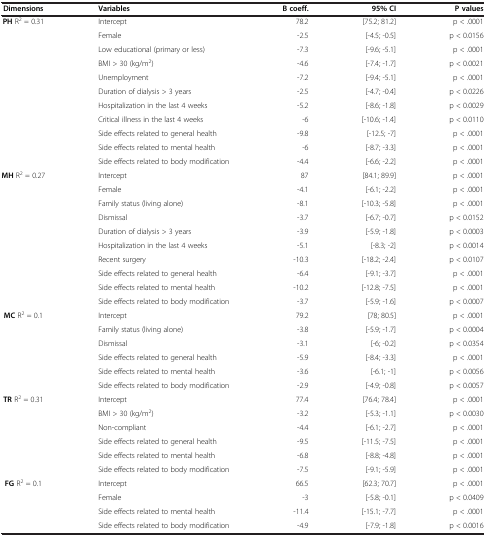
<table><thead><tr><td><b>Dimensions</b></td><td><b>Variables</b></td><td><b>B coeff.</b></td><td><b>95% CI</b></td><td><b>P values</b></td></tr></thead><tbody><tr><td><b>PH</b> R<sup>2</sup> = 0.31</td><td>Intercept</td><td>78.2</td><td>[75.2; 81.2]</td><td>p &lt; .0001</td></tr><tr><td> </td><td>Female</td><td>-2.5</td><td>[-4.5; -0.5]</td><td>p &lt; 0.0156</td></tr><tr><td> </td><td>Low educational (primary or less)</td><td>-7.3</td><td>[-9.6; -5.1]</td><td>p &lt; .0001</td></tr><tr><td> </td><td>BMI &gt; 30 (kg/m<sup>2</sup>)</td><td>-4.6</td><td>[-7.4; -1.7]</td><td>p &lt; 0.0021</td></tr><tr><td> </td><td>Unemployment</td><td>-7.2</td><td>[-9.4; -5.1]</td><td>p &lt; .0001</td></tr><tr><td> </td><td>Duration of dialysis &gt; 3 years</td><td>-2.5</td><td>[-4.7; -0.4]</td><td>p &lt; 0.0226</td></tr><tr><td> </td><td>Hospitalization in the last 4 weeks</td><td>-5.2</td><td>[-8.6; -1.8]</td><td>p &lt; 0.0029</td></tr><tr><td> </td><td>Critical illness in the last 4 weeks</td><td>-6</td><td>[-10.6; -1.4]</td><td>p &lt; 0.0110</td></tr><tr><td> </td><td>Side effects related to general health</td><td>-9.8</td><td>[-12.5; -7]</td><td>p &lt; .0001</td></tr><tr><td> </td><td>Side effects related to mental health</td><td>-6</td><td>[-8.7; -3.3]</td><td>p &lt; .0001</td></tr><tr><td> </td><td>Side effects related to body modification</td><td>-4.4</td><td>[-6.6; -2.2]</td><td>p &lt; .0001</td></tr><tr><td><b>MH</b> R<sup>2</sup> = 0.27</td><td>Intercept</td><td>87</td><td>[84.1; 89.9]</td><td>p &lt; .0001</td></tr><tr><td> </td><td>Female</td><td>-4.1</td><td>[-6.1; -2.2]</td><td>p &lt; .0001</td></tr><tr><td> </td><td>Family status (living alone)</td><td>-8.1</td><td>[-10.3; -5.8]</td><td>p &lt; .0001</td></tr><tr><td> </td><td>Dismissal</td><td>-3.7</td><td>[-6.7; -0.7]</td><td>p &lt; 0.0152</td></tr><tr><td> </td><td>Duration of dialysis &gt; 3 years</td><td>-3.9</td><td>[-5.9; -1.8]</td><td>p &lt; 0.0003</td></tr><tr><td> </td><td>Hospitalization in the last 4 weeks</td><td>-5.1</td><td>[-8.3; -2]</td><td>p &lt; 0.0014</td></tr><tr><td> </td><td>Recent surgery</td><td>-10.3</td><td>[-18.2; -2.4]</td><td>p &lt; 0.0107</td></tr><tr><td> </td><td>Side effects related to general health</td><td>-6.4</td><td>[-9.1; -3.7]</td><td>p &lt; .0001</td></tr><tr><td> </td><td>Side effects related to mental health</td><td>-10.2</td><td>[-12.8; -7.5]</td><td>p &lt; .0001</td></tr><tr><td> </td><td>Side effects related to body modification</td><td>-3.7</td><td>[-5.9; -1.6]</td><td>p &lt; 0.0007</td></tr><tr><td><b>MC</b> R<sup>2</sup> = 0.1</td><td>Intercept</td><td>79.2</td><td>[78; 80.5]</td><td>p &lt; .0001</td></tr><tr><td> </td><td>Family status (living alone)</td><td>-3.8</td><td>[-5.9; -1.7]</td><td>p &lt; 0.0004</td></tr><tr><td> </td><td>Dismissal</td><td>-3.1</td><td>[-6; -0.2]</td><td>p &lt; 0.0354</td></tr><tr><td> </td><td>Side effects related to general health</td><td>-5.9</td><td>[-8.4; -3.3]</td><td>p &lt; .0001</td></tr><tr><td> </td><td>Side effects related to mental health</td><td>-3.6</td><td>[-6.1; -1]</td><td>p &lt; 0.0056</td></tr><tr><td> </td><td>Side effects related to body modification</td><td>-2.9</td><td>[-4.9; -0.8]</td><td>p &lt; 0.0057</td></tr><tr><td><b>TR</b> R<sup>2</sup> = 0.31</td><td>Intercept</td><td>77.4</td><td>[76.4; 78.4]</td><td>p &lt; .0001</td></tr><tr><td> </td><td>BMI &gt; 30 (kg/m<sup>2</sup>)</td><td>-3.2</td><td>[-5.3; -1.1]</td><td>p &lt; 0.0030</td></tr><tr><td> </td><td>Non-compliant</td><td>-4.4</td><td>[-6.1; -2.7]</td><td>p &lt; .0001</td></tr><tr><td> </td><td>Side effects related to general health</td><td>-9.5</td><td>[-11.5; -7.5]</td><td>p &lt; .0001</td></tr><tr><td> </td><td>Side effects related to mental health</td><td>-6.8</td><td>[-8.8; -4.8]</td><td>p &lt; .0001</td></tr><tr><td> </td><td>Side effects related to body modification</td><td>-7.5</td><td>[-9.1; -5.9]</td><td>p &lt; .0001</td></tr><tr><td><b>FG</b> R<sup>2</sup> = 0.1</td><td>Intercept</td><td>66.5</td><td>[62.3; 70.7]</td><td>p &lt; .0001</td></tr><tr><td> </td><td>Female</td><td>-3</td><td>[-5.8; -0.1]</td><td>p &lt; 0.0409</td></tr><tr><td> </td><td>Side effects related to mental health</td><td>-11.4</td><td>[-15.1; -7.7]</td><td>p &lt; .0001</td></tr><tr><td> </td><td>Side effects related to body modification</td><td>-4.9</td><td>[-7.9; -1.8]</td><td>p &lt; 0.0016</td></tr></tbody></table>